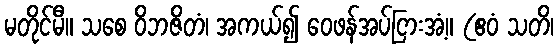
မတိုင်မီ။ သစေ ဝိဘဇိတံ၊ အကယ်၍ ဝေဖန်အပ်ငြားအံ့။ (ဧဝံ သတိ၊